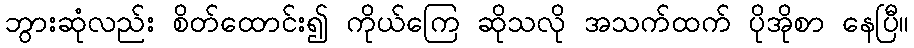
ဘွားဆုံလည်း စိတ်ထောင်း၍ ကိုယ်ကြေ ဆိုသလို အသက်ထက် ပိုအိုစာ နေပြီ။